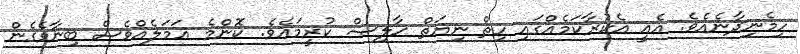
ހިމެނިދާނެއެވެ. އެއީ އެކުރާކަމެއްގައި ހިތް ނިޔަތް ޚާލިޞް ކުރީމައެވެ. ކޮންމެ ޢަމަލެއްވެސް ބިނާވެގެން